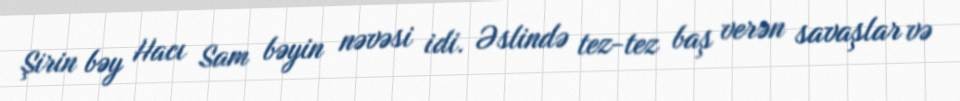
Şirin bəy Hacı Sam bəyin nəvəsi idi. Əslində tez-tez baş verən savaşlar və